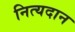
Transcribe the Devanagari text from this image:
नित्यदान